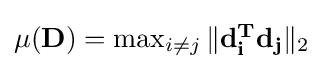
{\textstyle \mu (\mathbf {D} )=\max _{i\neq j}\|\mathbf {d_{i}^{T}} \mathbf {d_{j}} \|_{2}}